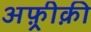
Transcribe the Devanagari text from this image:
अफ़्रीक़ी